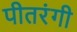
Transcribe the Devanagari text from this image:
पीतरंगी